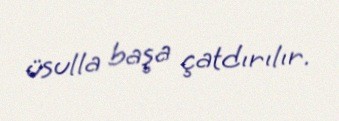
üsulla başa çatdırılır.